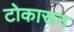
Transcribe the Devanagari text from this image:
टोकारून